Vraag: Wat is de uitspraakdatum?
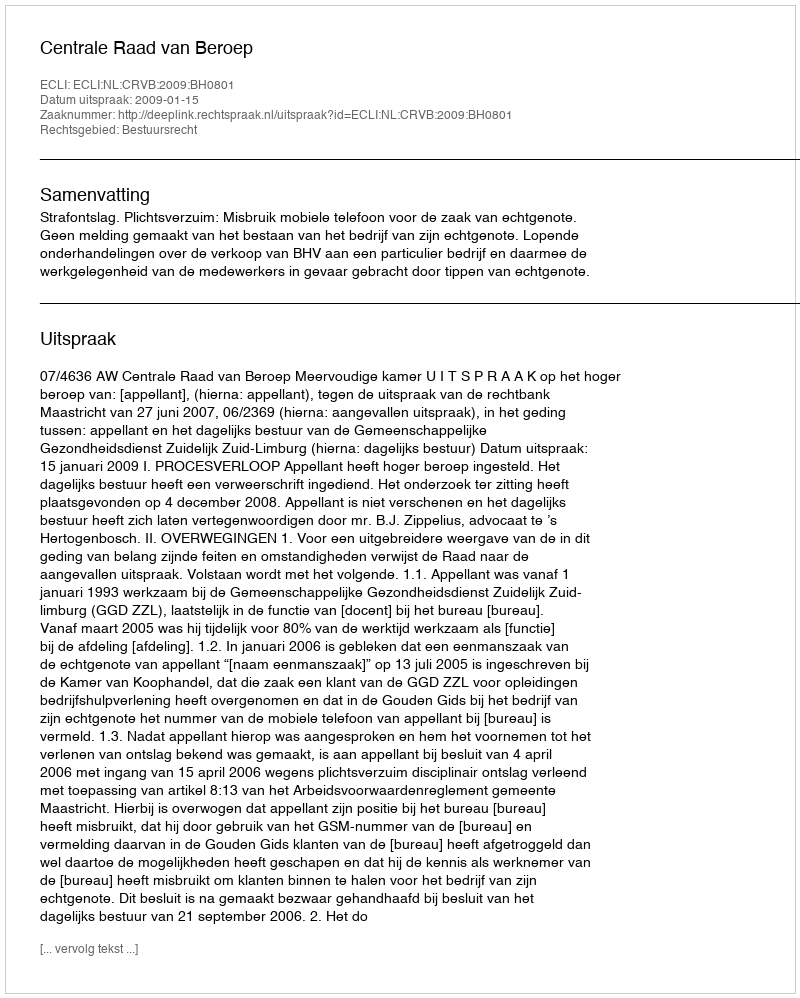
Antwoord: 2009-01-15